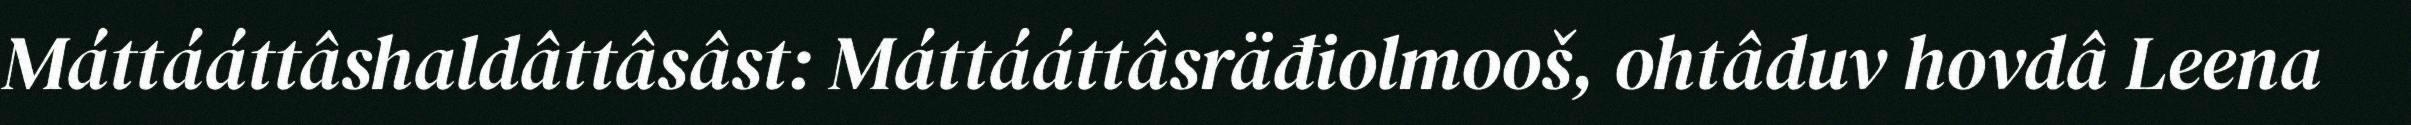
Máttááttâshaldâttâsâst: Máttááttâsräđiolmooš, ohtâduv hovdâ Leena